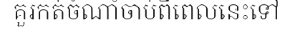
គួរកត់ចំណាំចាប់ពីពេលនេះទៅ